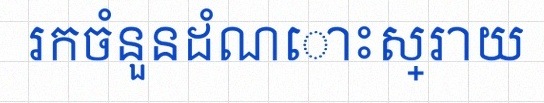
រកចំនួនដំណោះស្រាយ